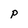
Character: P